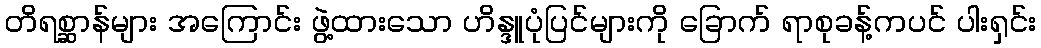
တိရစ္ဆာန်များ အကြောင်း ဖွဲ့ထားသော ဟိန္ဒူပုံပြင်များကို ခြောက် ရာစုခန့်ကပင် ပါးရှင်း